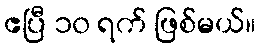
ဧပြီ ၁၀ ရက် ဖြစ်မယ်။